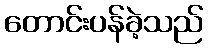
တောင်းပန်ခဲ့သည်